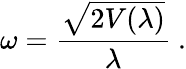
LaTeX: \omega=\frac{\sqrt{2V(\lambda)}}{\lambda}~.